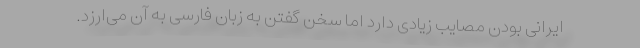
ایرانی بودن مصایب زیادی دارد اما سخن گفتن به زبان فارسی به آن می‌ارزد.